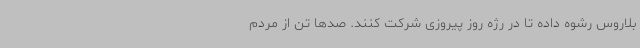
بلاروس رشوه داده تا در رژه روز پیروزی شرکت کنند. صدها تن از مردم